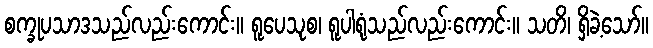
စက္ခုပသာဒသည်လည်းကောင်း။ ရူပေသုစ၊ ရူပါရုံသည်လည်းကောင်း။ သတိ၊ ရှိခဲ့သော်။